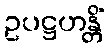
ဥပဋ္ဌဟန္တိံ